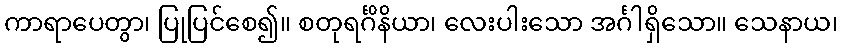
ကာရာပေတွာ၊ ပြုပြင်စေ၍။ စတုရင်္ဂိနိယာ၊ လေးပါးသော အင်္ဂါရှိသော။ သေနာယ၊